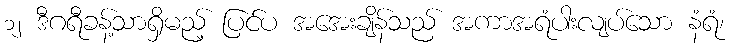
၁၂ ဒီဂရီခန့်သာရှိမည့် ပြင်ပ အအေးချိန်သည် အကာအရံပါးလျပ်သော နံရံ၊